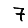
Digit: 7